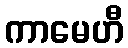
ကာမေဟီ